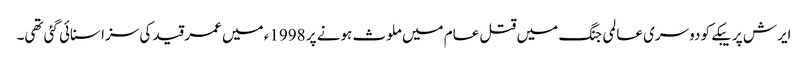
ایرش پریبکے کو دوسری عالمی جنگ میں قتل عام میں ملوث ہونے پر 1998ء میں عمر قید کی سزا سنائی گئی تھی۔